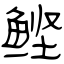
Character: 鲣